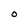
Character: O